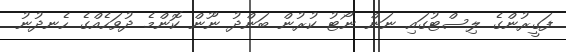
ފަގީރުންގެ ލިސްޓުގައި ނަން ނޯޓު ކުރުން ބަންދު ނޫން ކޮންމެ ދުވަހެއްގެ ހެނދުނު